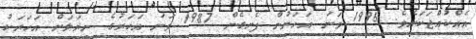
އެއްކުއްޖަކަށެވެ. 1996 ވަނަ އަހަރުން ފެށިގެން 1987 ވަނަ އަހަރުގެ ނިޔަލަށް އަހަރަކު